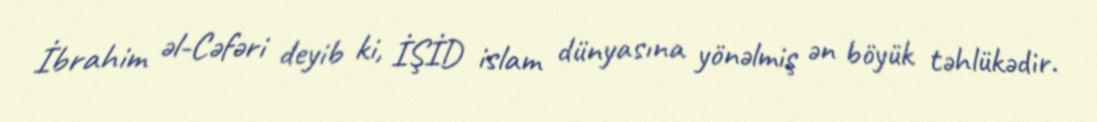
İbrahim əl-Cəfəri deyib ki, İŞİD islam dünyasına yönəlmiş ən böyük təhlükədir.